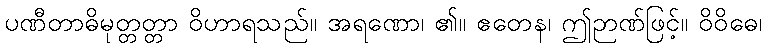
ပဏီတာဓိမုတ္တတ္တာ ဝိဟာရသည်။ အရဏော၊ ၏။ ဧတေန၊ ဤဉာဏ်ဖြင့်။ ဝိဝိဓေ၊